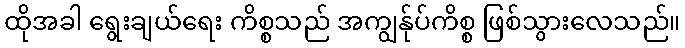
ထိုအခါ ရွေးချယ်ရေး ကိစ္စသည် အကျွန်ုပ်ကိစ္စ ဖြစ်သွားလေသည်။